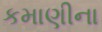
કમાણીના